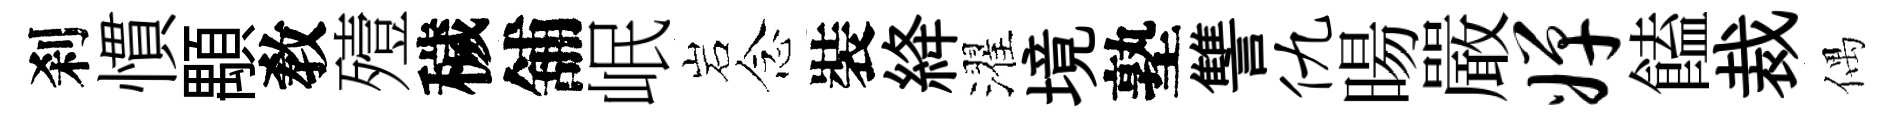
刹慣顒敎殪穢舖岷岩念裝絳濯境塾讐仇暘嚴婵饁裁偶